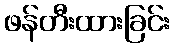
ဖန်တီးထားခြင်း